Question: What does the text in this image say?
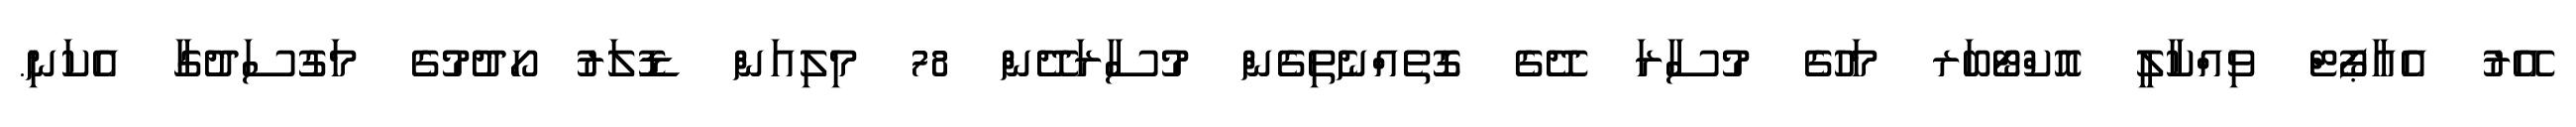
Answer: އޭރު އެއާޕޯޓް ވިއްކާލީ އޮކްޓޯބަރ މަހުގެ މުސާރަ ދޭގެ ގޮތެއްނެތިގެން މުސާރަދޭން 78 މިލިއަން ޑޮލަރު ހޯދުމުގެ މަގުސަދުގާ އެކަނި.